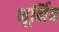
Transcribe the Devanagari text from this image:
भूर्निब